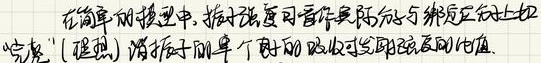
在简单的模型中, 振子强度可看作是局域分子与特定分子上的"空穴" (强烈) 耦合于单个电子的吸收可发射跃迁的估值.